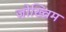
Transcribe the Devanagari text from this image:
जोख्विम